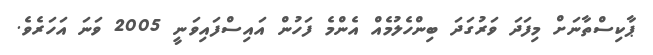
ޕާކިސްތާނަށް މިފަދަ ވަރުގަދަ ބިންހެލުމެއް އެންމެ ފަހުން އައިސްފައިވަނީ 2005 ވަނަ އަހަރެވެ.